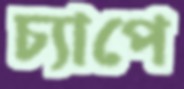
চ্যাপে